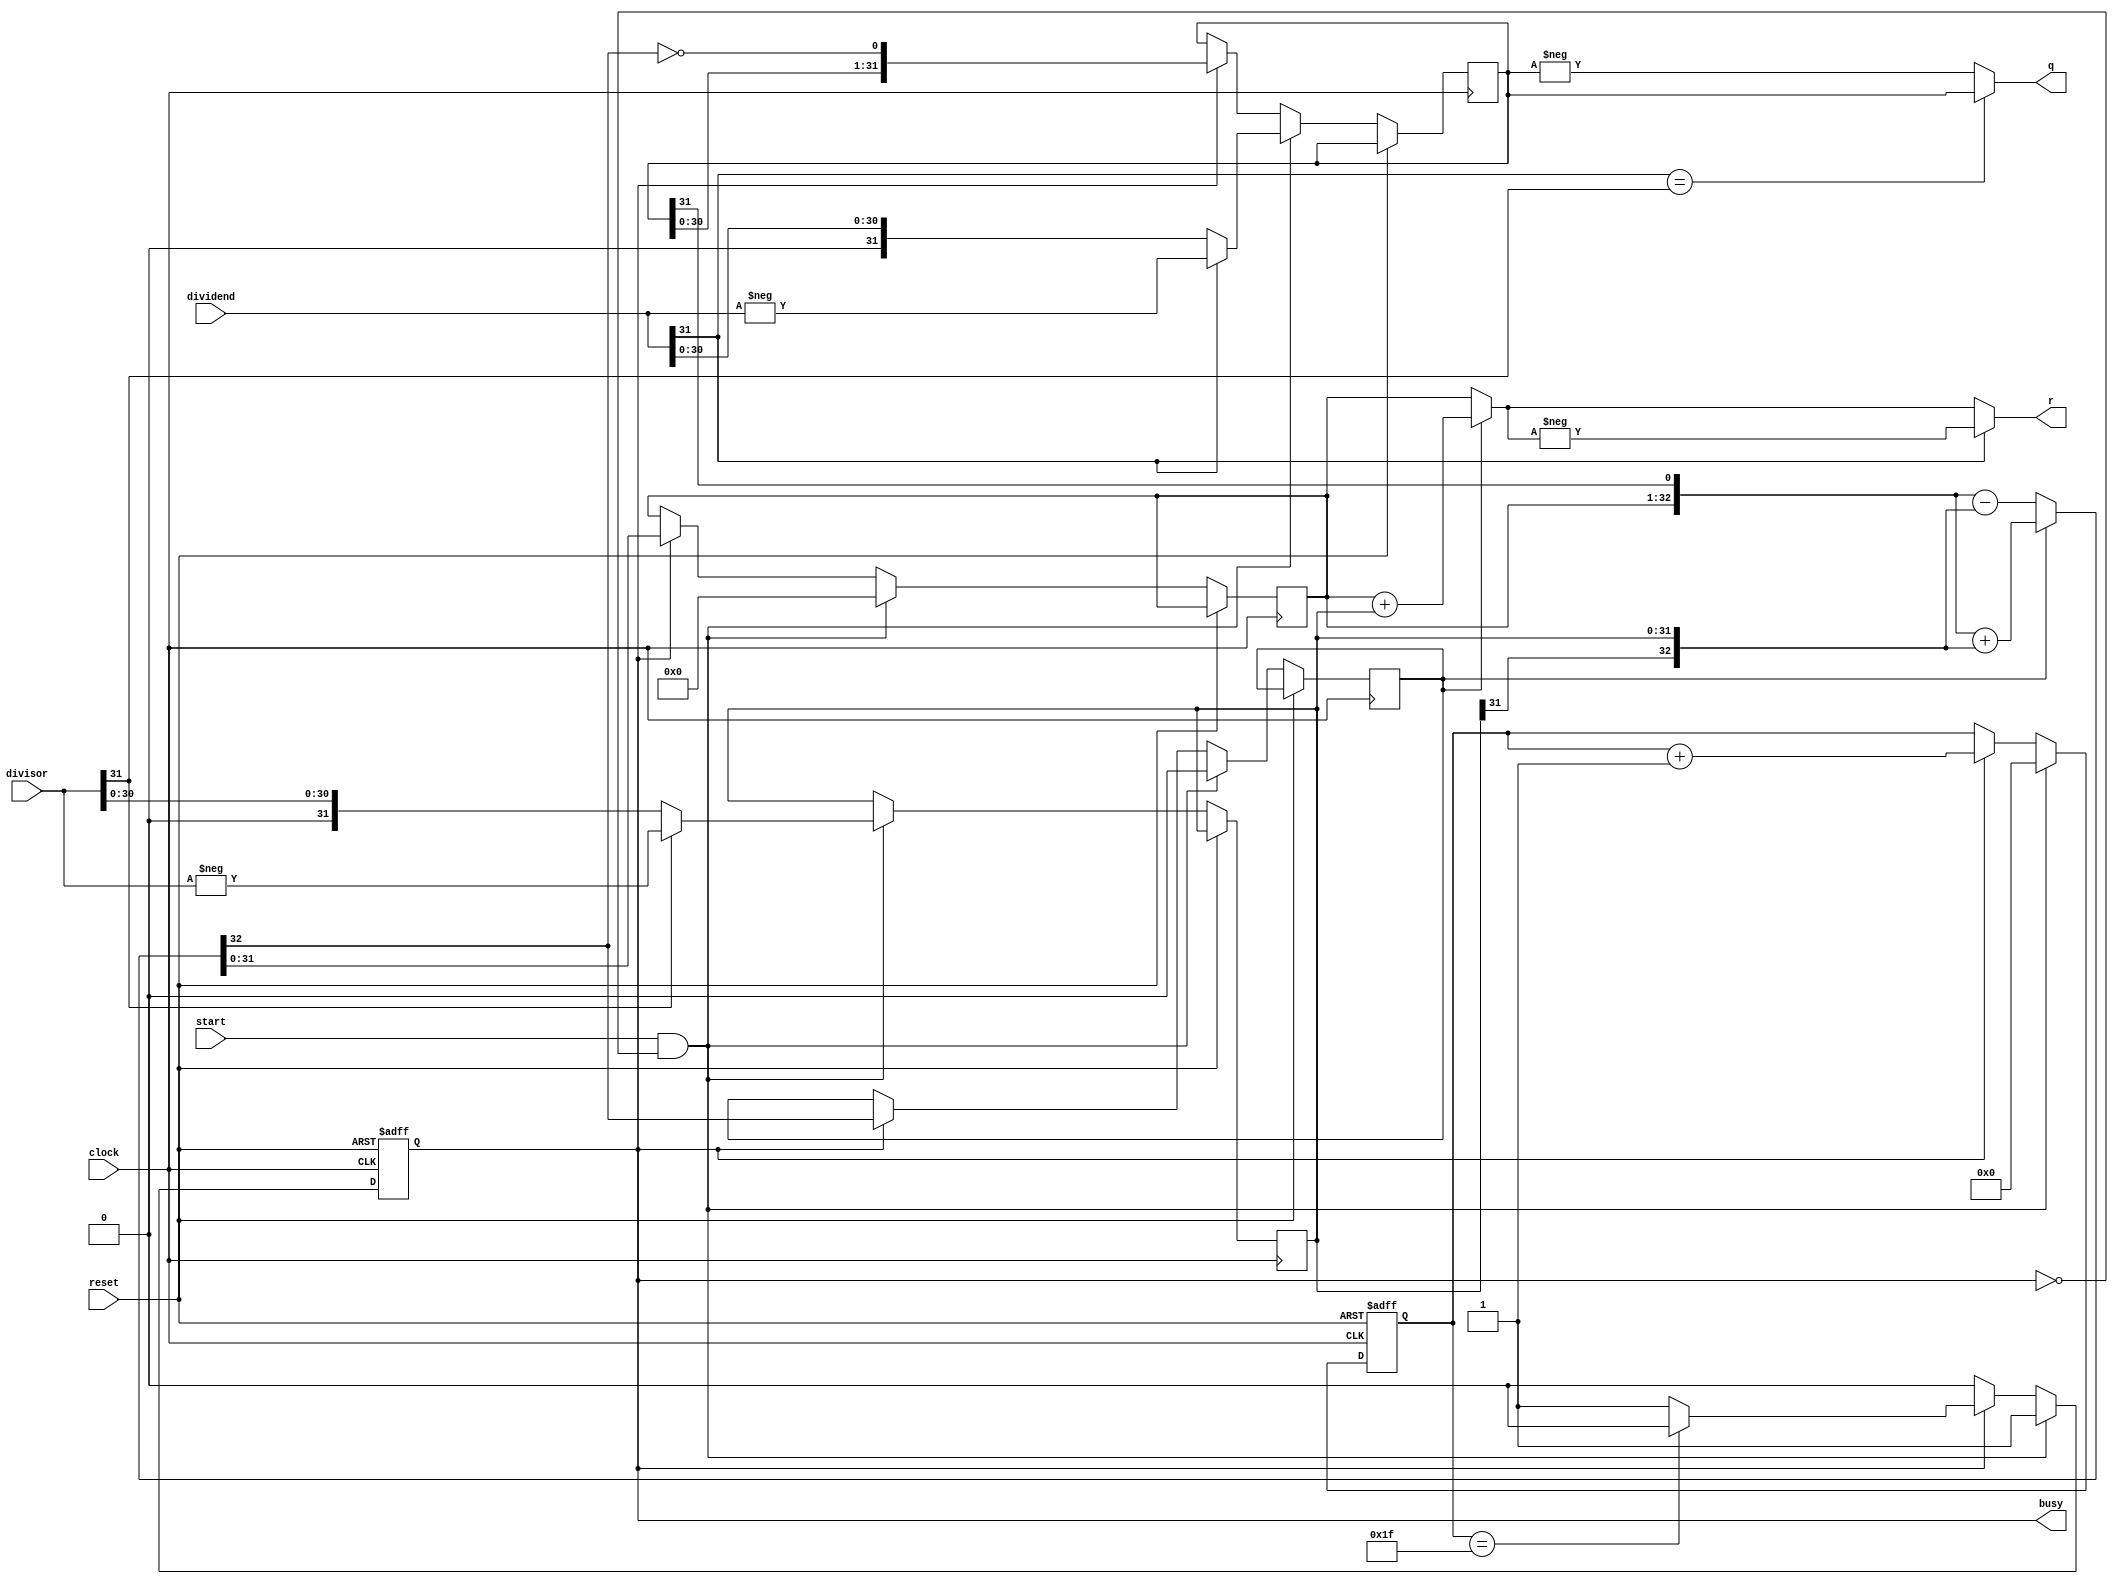
`timescale 1ns / 1ps
//////////////////////////////////////////////////////////////////////////////////
// Company: 
// Engineer: 
// 
// Design Name: 
// Module Name: DIV
// Project Name: 
// Target Devices: 
// Tool Versions: 
// Description: 
// 
// Dependencies: 
// 
// Revision:
// Revision 0.01 - File Created
// Additional Comments:
// 
//////////////////////////////////////////////////////////////////////////////////


module DIV(
   input [31:0] dividend,
 input [31:0] divisor,
 input start,
 input clock,
 input reset,
 output [31:0] q,
 output [31:0] r,
 output reg busy
 );
 parameter N=32; 
 reg [4:0] count;
 reg [N-1:0] reg_q;
 reg [N-1:0] reg_r;
 reg [N-1:0] reg_b;
 reg r_sign;
 
 wire [N-1:0] r_t;
 
 wire [N:0] sub_add; //r_sign0
 
 assign sub_add=r_sign?({reg_r,reg_q[N-1]}+{reg_b[N-1],reg_b}):({reg_r,reg_q[N-1]}-{reg_b[N-1],reg_b});
 
 assign r=dividend[N-1]?-r_t:r_t;     //
 assign r_t=r_sign?reg_r+reg_b:reg_r;
 
 assign q=(dividend[N-1]==divisor[N-1])?reg_q:-reg_q;   //1,1
 
 always @(posedge clock or posedge reset) begin
     if(reset) begin
         count<=5'b0;
         busy<=0;
     end else begin
         if(start&&~busy) begin
             reg_r<={N{1'b0}};   //reg_r32
             r_sign<=0;      //r_sign
             reg_q <=(dividend[N-1]? -dividend:dividend); //reg_q32reg_rreg_q
             reg_b <=(divisor[N-1]? -divisor:divisor); //reg_b
             count<=5'b0;
             busy<=1'b1;
         end else if(busy) begin
             reg_r<=sub_add[N-1:0]; //reg_r
             r_sign<=sub_add[N];  //r_signassign
             reg_q<={reg_q[N-2:0],~sub_add[N]}; //32
             count<=count+5'b1;
             if(count==5'd31) busy<=0;
         end
     end
 end
 
endmodule